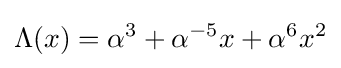
\Lambda (x)=\alpha ^{3}+\alpha ^{-5}x+\alpha ^{6}x^{2}